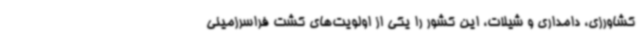
کشاورزی، دامداری و شیلات، این کشور را یکی از اولویت‌های کشت فراسرزمینی